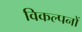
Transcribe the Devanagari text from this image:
विकल्पनों